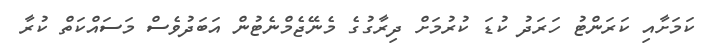
ކަަމަށާއި ކަރަންޓު ހަރަދު ކުޑަ ކުރުމަށް ދިރާގުގެ މެނޭޖެމްނެޓުން އަބަދުވެސް މަސައްކަތް ކުރާ